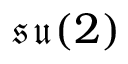
\mathfrak { s u } ( 2 )